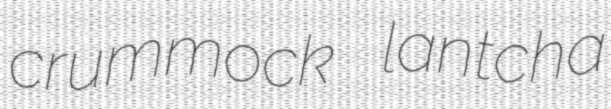
crummock lantcha